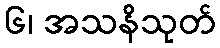
၆၊ အသနိသုတ်